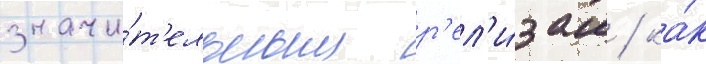
значи́т'ельным р'ел'и́зам / ка́к